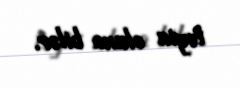
təyin oluna bilər.